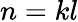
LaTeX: n=kl